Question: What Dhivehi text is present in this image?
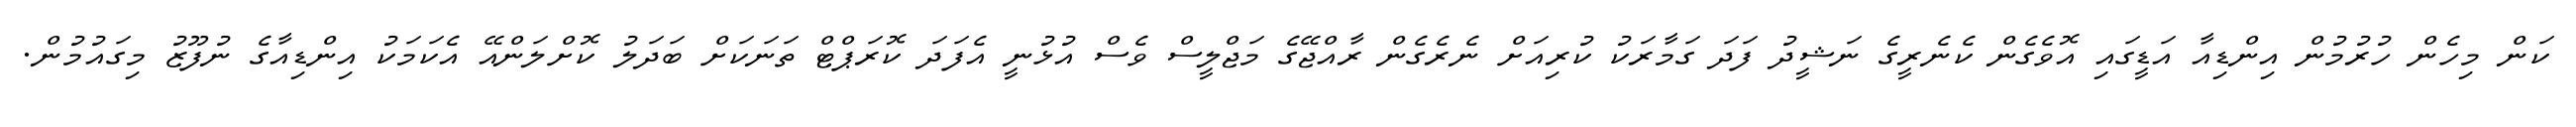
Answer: ކަން މިހެން ހުރުމުން އިންޑިއާ އަޑީގައި އޮވެގެން ކެނެރީގެ ނަޝީދު ފަދަ ގަމާރަކު ކުރިއަށް ނެރެގެން ރާއްޖޭގެ މަޖްލީސް ވެސް އުޅުނީ އެފަދަ ކޮރަޕްޓް ތަނަކަށް ބަދަލު ކޮށްލަންއޭ އެކަމަކު އިންޑިއާގެ ނުފޫޒު މިގައުމުން.